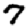
Digit: 7